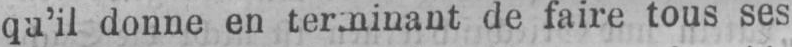
de faire tous ses